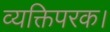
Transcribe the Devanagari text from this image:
व्यक्तिपरक।